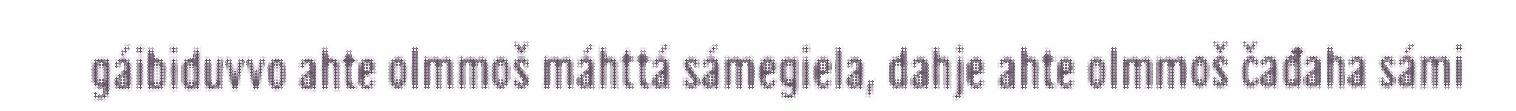
gáibiduvvo ahte olmmoš máhttá sámegiela, dahje ahte olmmoš čađaha sámi